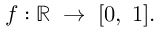
\; f : \mathbb { R } \; \rightarrow \; [ 0 , \; 1 ] .